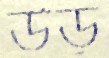
উড়